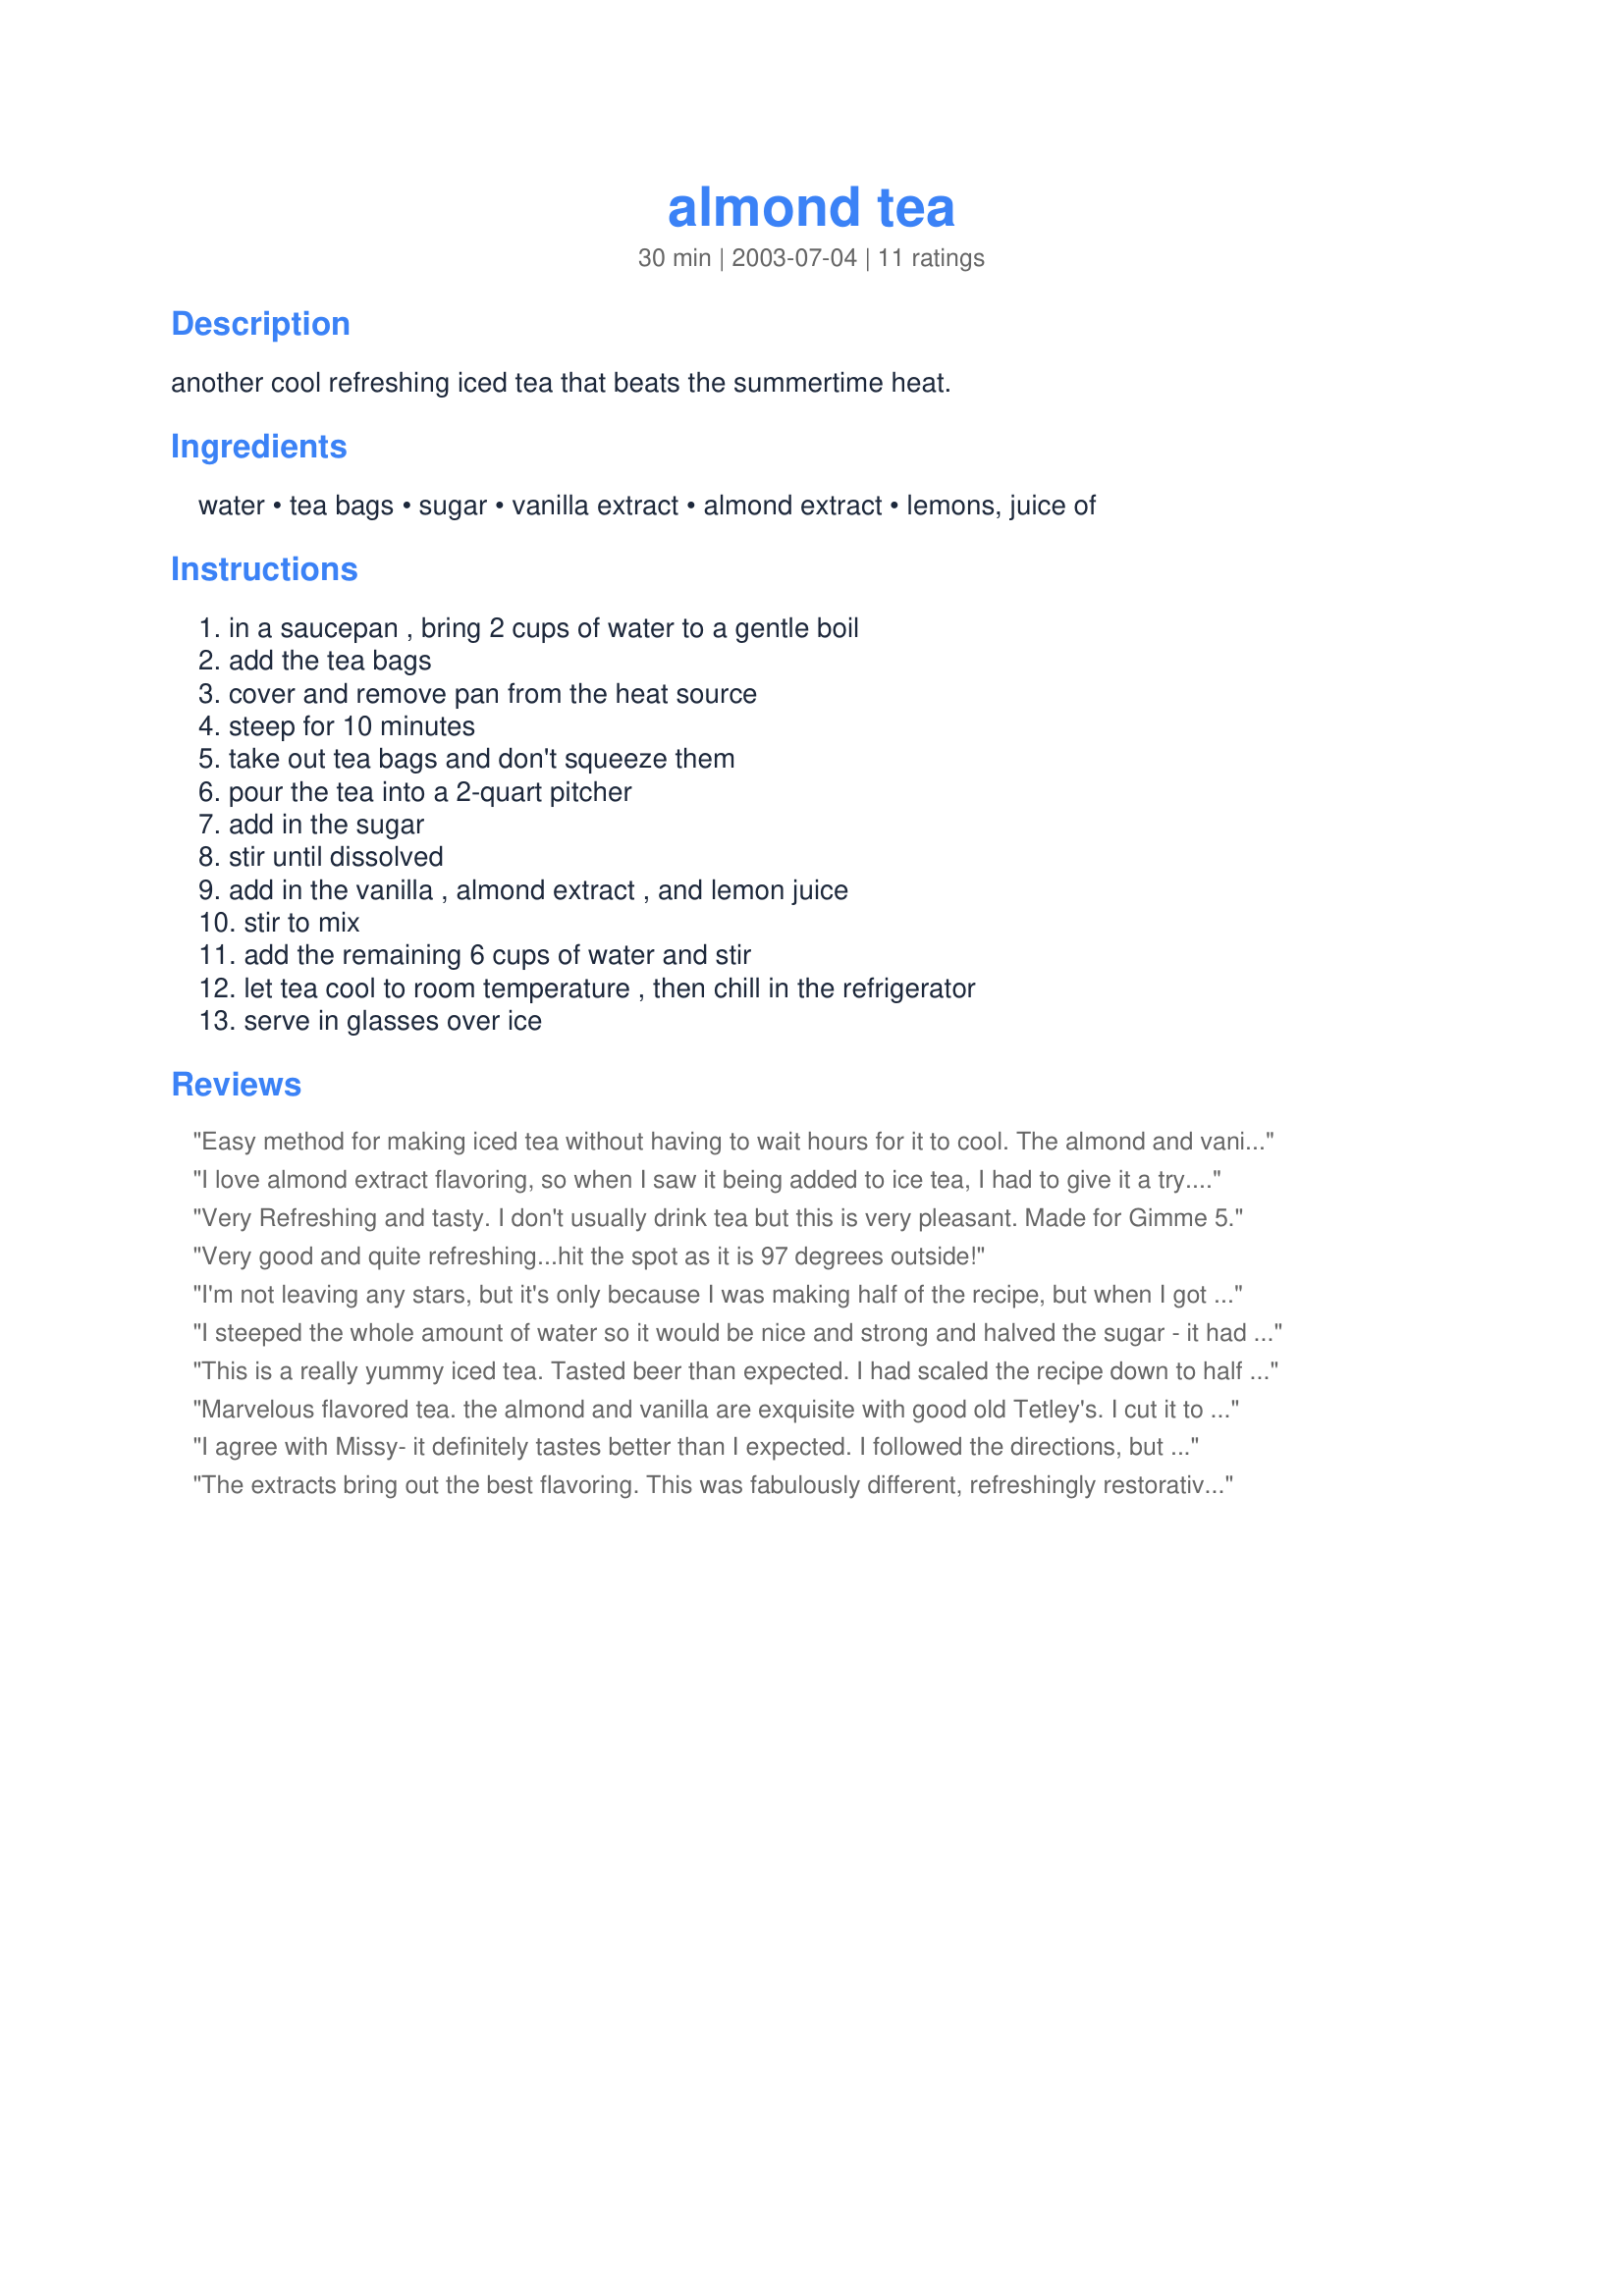
almond tea
Preparation time: 30 minutes

another cool refreshing iced tea that beats the summertime heat.

Ingredients:
water, tea bags, sugar, vanilla extract, almond extract, lemons, juice of

Steps:
in a saucepan , bring 2 cups of water to a gentle boil, add the tea bags, cover and remove pan from the heat source, steep for 10 minutes, take out tea bags and don't squeeze them, pour the tea into a 2-quart pitcher, add in the sugar, stir until dissolved, add in the vanilla , almond extract , and lemon juice, stir to mix, add the remaining 6 cups of water and stir, let tea cool to room temperature , then chill in the refrigerator, serve in glasses over ice

Reviews:
Easy method for making iced tea without having to wait hours for it to cool. The almond and vanilla by themselves would have worked better for me, though. Too much lemon, which clashed a bit with the vanilla. I will make this again and leave out the lemon.
I love almond extract flavoring, so when I saw it being added to ice tea, I had to give it a try. Delicious! I did cut the sugar back to half a cup, as I like my tea on the less sweet side. :)
Very Refreshing and tasty. I don't usually drink tea but this is very pleasant. Made for Gimme 5.
Very good and quite refreshing...hit the spot as it is 97 degrees outside!
I'm not leaving any stars, but it's only because I was making half of the recipe, but when I got to the end, I put in the full amount of water so it was very watered down and I really couldn't tell if I liked it or not. Will make this again and update my review with stars. Made for Zaar Stars.
I steeped the whole amount of water so it would be nice and strong and halved the sugar - it had a nice flavor with the almond in it!
This is a really yummy iced tea. Tasted beer than expected. I had scaled the recipe down to half so it made me wish I had made up the full amount!
Marvelous flavored tea. the almond and vanilla are exquisite with good old Tetley's. I cut it to a single serving this time as it's getting rapidly colder here and I'm the only one who drinks iced tea but I'll be making the full amount to have in the fridge next summer. It's pure pleasure and I'm going to have it hot long before the next hot season!
I agree with Missy- it definitely tastes better than I expected. I followed the directions, but just added sugar to taste. The almond is a strong flavor but is really interestingly counterbalanced by the lemon juice. I don't think that the vanilla flavor is very prominant at all. Thanks for an interesting change from plain-old iced tea.
The extracts bring out the best flavoring. This was fabulously different, refreshingly restorative, uniquely energizing, invigoratingly brisk, spiritually uplifting. Oops, I think I've had enough caffeine for the day. Made for 123 Hit wonders. 5*s
I made this for one, and adjusted the ingredients accordingly. It was really fresh tasting! It was sweet, but then I'm from the south and love my "sweet tea"! It was a pleasant change from all the fruit flavored teas. Thanks for posting...made for Please Review My Recipe tag.
